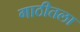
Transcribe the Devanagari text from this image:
गाठीतला